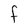
Character: F